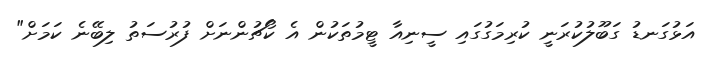
އަޅުގަނޑު ގަބޫލުކުރަނީ ކުރިމަގުގައި ސީނިއާ ޓީމުތަކުން އެ ކޯޗުންނަށް ފުރުސަތު ލިބޭނެ ކަމަށް"